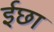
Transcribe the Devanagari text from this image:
ईछा